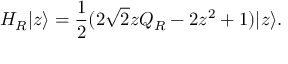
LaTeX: H _ { R } | z \rangle = \frac { 1 } { 2 } ( 2 \sqrt { 2 } z Q _ { R } - 2 z ^ { 2 } + 1 ) | z \rangle .